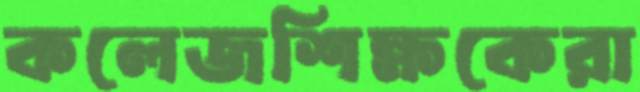
কলেজশিক্ষকেরা